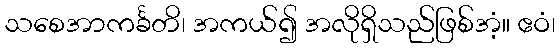
သစေအာကင်္ခတိ၊ အကယ်၍ အလိုရှိသည်ဖြစ်အံ့။ ဧဝံ၊